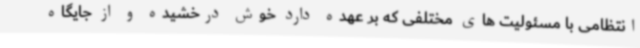
انتظامی با مسئولیت های مختلفی که بر عهده دارد خوش درخشیده و از جایگاه